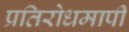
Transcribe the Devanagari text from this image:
प्रतिरोधमापी